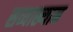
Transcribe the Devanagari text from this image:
सव्याख्यान